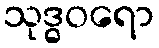
သုဒ္ဓဝရော